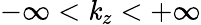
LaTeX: -\infty<\mathit{k}_{z}<+\infty